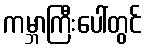
ကမ္ဘာကြီးပေါ်တွင်